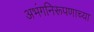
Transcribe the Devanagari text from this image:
अभंगनिरूपणाच्या